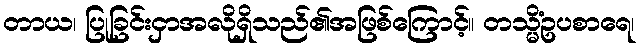
တာယ၊ ပြုခြင်းငှာအလိုရှိသည်၏အဖြစ်ကြောင့်။ တသ္မိံဥပစာရေ၊